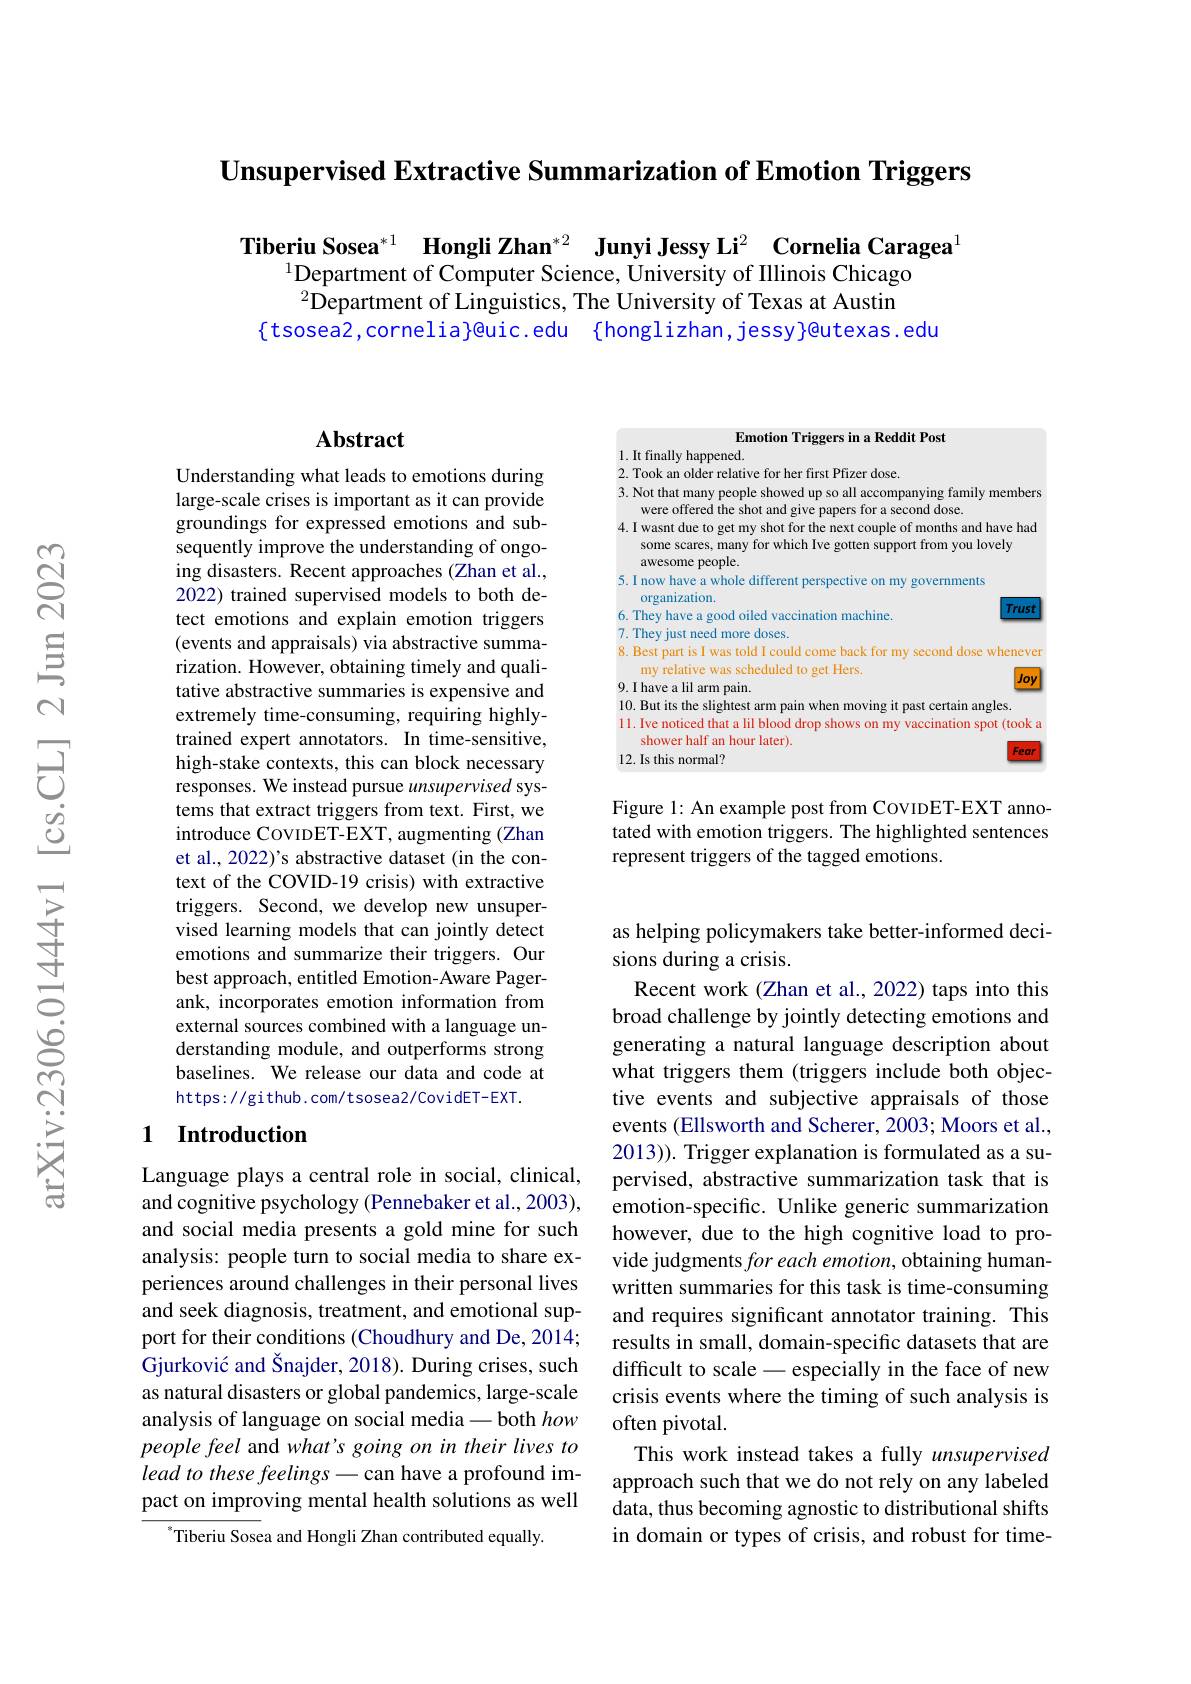
Unsupervised Extractive Summarization of Emotion Triggers

Tiberiu Sosea$^{*1}$ Hongli Zhan$^{*2}$ Junyi Jessy Li$^2$ Cornelia Caragea
$^{1}$Department of Computer Science, University of Illinois Chicago $^{2}$Department of Linguistics, The University of Texas at Austin
$\{$tsosea2,cornelia}@uic.edu {honglizhan,jessy}@utexas.edu

Emotion Triggers in a Reddit Post

1. It finally happened.
2. Took an older relative for her first Pfizer dose.
3. Not that many people showed up so all accompanying family members
were offered the shot and give papers for a second dose.
4. I wasnt due to get my shot for the next couple of months and have had
some scares, many for which Ive gotten support from you lovely
awesome people.
5.I now have a whole different perspective on my governments
organization.
$\boxed{Trust}$
6. They have a good oiled vaccination machine.
7. They just need more doses.
8. Best part is I was told I could come back for my second dose wheneven
my relative was scheduled to get Hers.
$\boxed{Joy}$
9. I have a lil arm pain.
10. But its the slightest arm pain when moving it past certain angles.
11. Ive noticed that a lil blood drop shows on my vaccination spot (took a
shower half an hour later).
12. Is this normal?

Figure 1: An example post from CovIDET-EXT annotated with emotion triggers. The highlighted sentences represent triggers of the tagged emotions.

## $\mathbf{Abstract}$

Understanding what leads to emotions during large-scale crises is important as it can provide groundings for expressed emotions and subsequently improve the understanding of ongoing disasters. Recent approaches (Zhan et al., 2022) trained supervised models to both detect emotions and explain emotion triggers (events and appraisals) via abstractive summarization. However, obtaining timely and qualitative abstractive summaries is expensive and extremely time-consuming, requiring highlytrained expert annotators. In time-sensitive, high-stake contexts, this can block necessary responses. We instead pursue unsupervised systems that extract triggers from text. First, we introduce CovIDET-EXT, augmenting (Zhan et al., 2022)'s abstractive dataset (in the context of the COVID-19 crisis) with extractive triggers. Second, we develop new unsupervised learning models that can jointly detect emotions and summarize their triggers. Our best approach, entitled Emotion-Aware Pagerank, incorporates emotion information from external sources combined with a language understanding module, and outperforms strong baselines. We release our data and code at https://github.com/tsosea2/CovidET-EXT.

## 1 $\textbf{Introduction}$

Language plays a central role in social, clinical, and cognitive psychology (Pennebaker et al., 2003), and social media presents a gold mine for such analysis: people turn to social media to share experiences around challenges in their personal lives and seek diagnosis, treatment, and emotional support for their conditions (Choudhury and De, 2014; Gjurković and Šnajder, 2018). During crises, such as natural disasters or global pandemics, large-scale analysis of language on social media -both how people feel and what's going on in their lives to lead to these feelings - can have a profound impact on improving mental health solutions as well
$^{*}$Tiberiu Sosea and Hongli Zhan contributed equally.

as helping policymakers take better-informed deci-
sions during a crisis.

Recent work (Zhan et al., 2022) taps into this broad challenge by jointly detecting emotions and generating a natural language description about what triggers them (triggers include both objective events and subjective appraisals of those events (Ellsworth and Scherer, 2003; Moors et al., 2013)). Trigger explanation is formulated as a supervised, abstractive summarization task that is emotion-specific. Unlike generic summarization however, due to the high cognitive load to provide judgments for each emotion, obtaining humanwritten summaries for this task is time-consuming and requires significant annotator training. This results in small, domain-specific datasets that are difficult to scale - especially in the face of new crisis events where the timing of such analysis is often pivotal.
This work instead takes a fully unsupervised approach such that we do not rely on any labeled data, thus becoming agnostic to distributional shifts in domain or types of crisis, and robust for time-